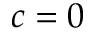
c = 0